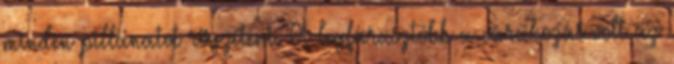
minden pillanatot rögzíteni. A legfárasztóbb a várakozás volt az